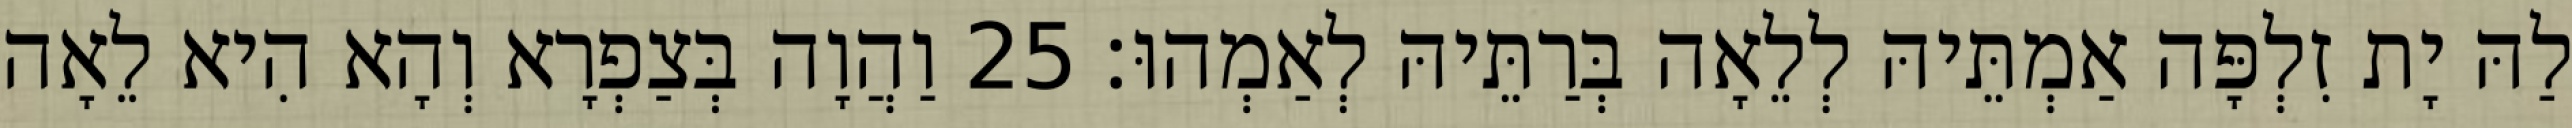
לַהּ יָת זִלְפָּה אַמְתֵּיהּ לְלֵאָה בְּרַתֵּיהּ לְאַמְהוּ׃ 25 וַהֲוָה בְּצַפְרָא וְהָא הִיא לֵאָה